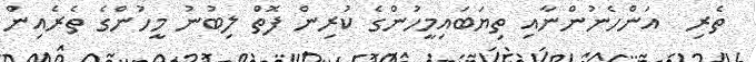
ތެރިި  އަންހެނުންނާއި ތިޔަބައިމީހުންގެ ކުރިން ފޮތް ލިބުނު މީހުންގެ ތެރެއިން